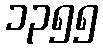
၁၃၅၅